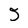
Character: 5